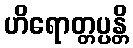
ဟိရောတ္တပ္ပန္တိ